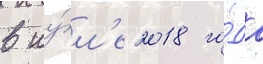
в иу́л'е 2018 го́да